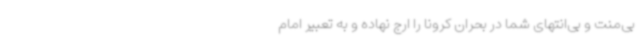
بی‌منت و بی‌انتهای شما در بحران کرونا را ارج نهاده و به تعبیر امام